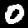
Digit: 0